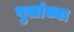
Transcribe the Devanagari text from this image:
पुलांच्या